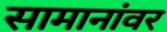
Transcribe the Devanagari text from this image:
सामानांवर